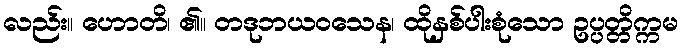
လည်း။ ဟောတိ၊ ၏။ တဒုဘယဝသေန၊ ထိုနှစ်ပါးစုံသော ဥပ္ပတ္တိက္ကမ